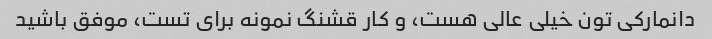
دانمارکی تون خیلی عالی هست، و کار قشنگ نمونه برای تست، موفق باشید